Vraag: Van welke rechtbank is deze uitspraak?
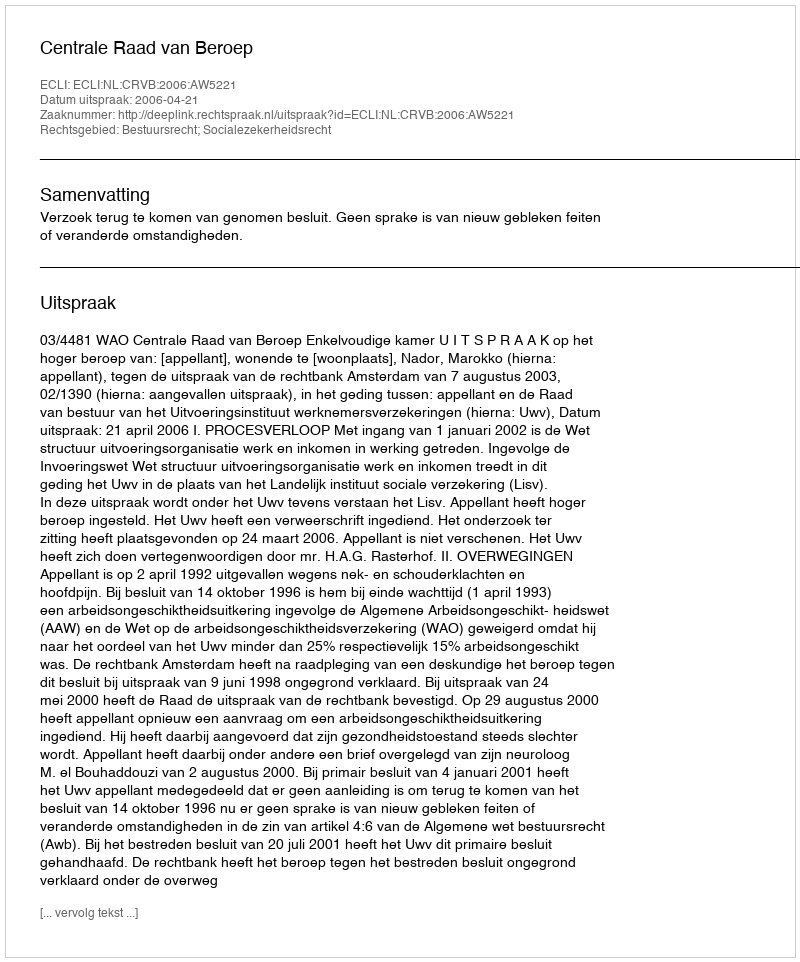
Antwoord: Centrale Raad van Beroep